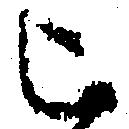
被